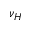
\nu _ { H }